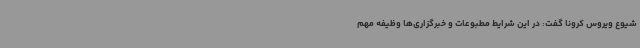
شیوع ویروس کرونا گفت: در این شرایط مطبوعات و خبرگزاری‌ها وظیفه مهم